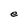
Character: e